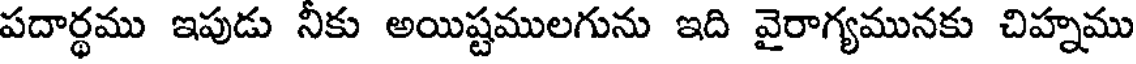
పదార్థము ఇపుడు నీకు అయిష్టములగును ఇది వైరాగ్యమునకు చిహ్నము